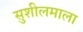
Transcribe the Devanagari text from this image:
सुशीलमाला